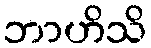
ဘာဟိသိ